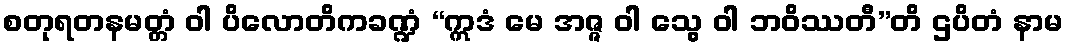
စတုရတနမတ္တံ ဝါ ပိလောတိကခဏ္ဍံ “ဣဒံ မေ အဇ္ဇ ဝါ သွေ ဝါ ဘဝိဿတီ”တိ ဌပိတံ နာမ